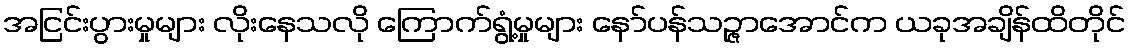
အငြင်းပွားမှုများ လိုးနေသလို ကြောက်ရွံ့မှုများ နော်ပန်သဉ္ဇာအောင်က ယခုအချိန်ထိတိုင်